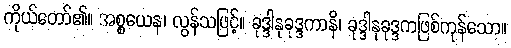
ကိုယ်တော်၏။ အစ္စယေန၊ လွန်သဖြင့်။ ခုဒ္ဒါနုခုဒ္ဒကာနိ၊ ခုဒ္ဒါနုခုဒ္ဒကဖြစ်ကုန်သော။